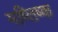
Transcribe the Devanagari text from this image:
मष्तिष्‍क